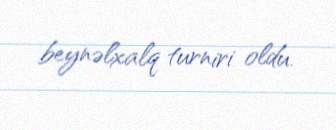
beynəlxalq turniri oldu.